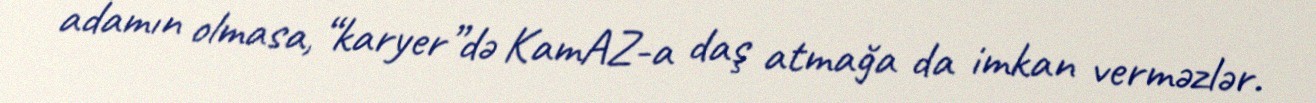
adamın olmasa, “karyer”də KamAZ-a daş atmağa da imkan verməzlər.